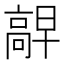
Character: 𫘷